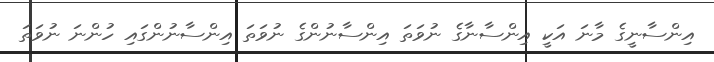
އިންސާނީގެ މާނަ އަކީ އިންސާނާގެ ނުވަތަ އިންސާނުންގެ ނުވަތަ އިންސާނުންގައި ހުންނަ ނުވަތަ